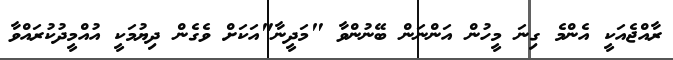
ރާއްޖެއަކީ އެންމެ ގިނަ މީހުން އަންނަން ބޭނުންވާ "މަދީނާ"އަކަށް ވެގެން ދިޔުމަކީ އުއްމީދުކުރައްވާ